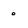
Character: o